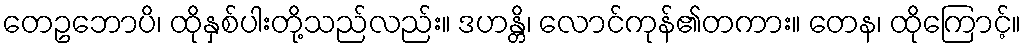
တေဥဘောပိ၊ ထိုနှစ်ပါးတို့သည်လည်း။ ဒဟန္တိ၊ လောင်ကုန်၏တကား။ တေန၊ ထိုကြောင့်။